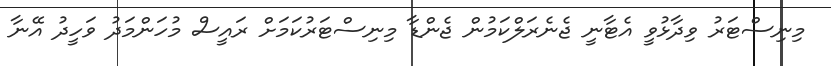
މިނިސްޓަރު ވިދާޅުވީ އެޓާނީ ޖެނެރަލްކަމުން ޖެންޑާ މިނިސްޓަރުކަމަށް ރައީސް މުހަންމަދު ވަހީދު އޭނާ